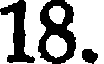
18.